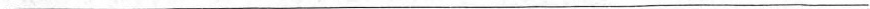
___